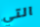
التي